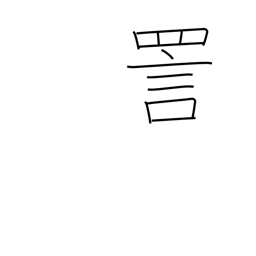
Meaning: ridicule